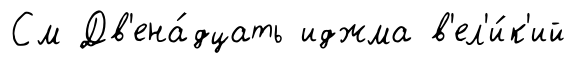
См Дв'ена́дцать иджма в'ел'и́к'ий